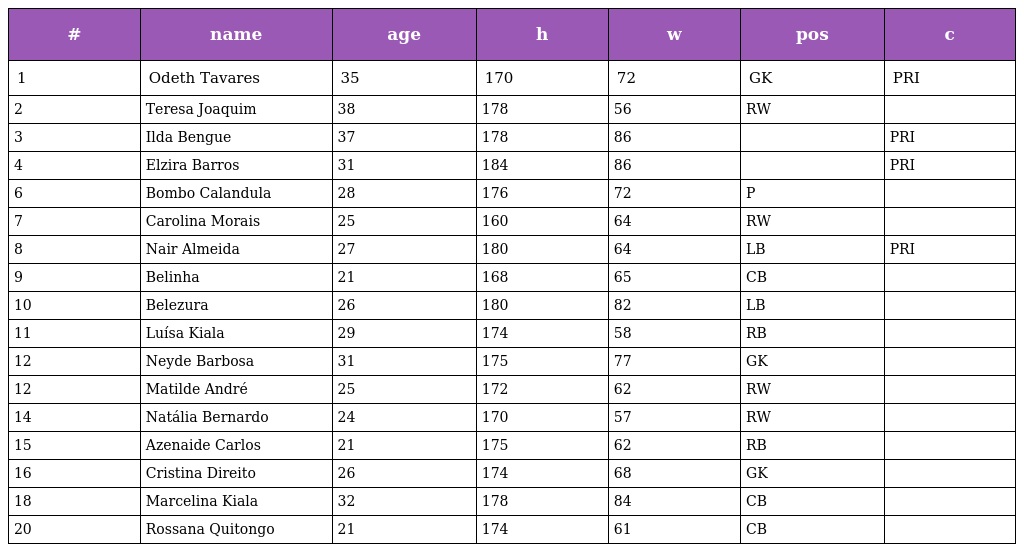
| # | name | age | h | w | pos | c |
 | --- | --- | --- | --- | --- | --- | --- |
 | 1 | Odeth Tavares | 35 | 170 | 72 | GK | PRI |
 | 2 | Teresa Joaquim | 38 | 178 | 56 | RW |  |
 | 3 | Ilda Bengue | 37 | 178 | 86 |  | PRI |
 | 4 | Elzira Barros | 31 | 184 | 86 |  | PRI |
 | 6 | Bombo Calandula | 28 | 176 | 72 | P |  |
 | 7 | Carolina Morais | 25 | 160 | 64 | RW |  |
 | 8 | Nair Almeida | 27 | 180 | 64 | LB | PRI |
 | 9 | Belinha | 21 | 168 | 65 | CB |  |
 | 10 | Belezura | 26 | 180 | 82 | LB |  |
 | 11 | Luísa Kiala | 29 | 174 | 58 | RB |  |
 | 12 | Neyde Barbosa | 31 | 175 | 77 | GK |  |
 | 12 | Matilde André | 25 | 172 | 62 | RW |  |
 | 14 | Natália Bernardo | 24 | 170 | 57 | RW |  |
 | 15 | Azenaide Carlos | 21 | 175 | 62 | RB |  |
 | 16 | Cristina Direito | 26 | 174 | 68 | GK |  |
 | 18 | Marcelina Kiala | 32 | 178 | 84 | CB |  |
 | 20 | Rossana Quitongo | 21 | 174 | 61 | CB |  |